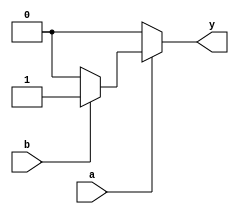
module nested_if_else_statement (
    input wire a,
    input wire b,
    output reg y
);

always @(*) begin
    if (a == 1) begin
        if (b == 1) begin
            y <= 1; // if a is 1 and b is 1
        end
        else begin
            y <= 0; // if a is 1 and b is 0
        end
    end
    else begin
        y <= 0; // if a is 0
    end
end

endmodule